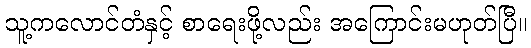
သူ့ကလောင်တံနှင့် စာရေးဖို့လည်း အကြောင်းမဟုတ်ပြီ။